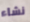
نشاء